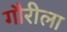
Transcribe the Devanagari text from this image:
गौरीला